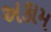
અકામ